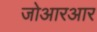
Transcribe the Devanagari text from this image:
जोआरआर